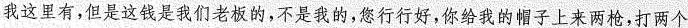
我这里有，但是这钱是我们老板的，不是我的，您行行好，你给我的帽子上来两枪，打两个